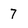
Character: 7